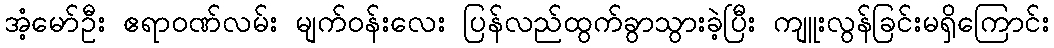
အံ့မော်ဦး ဧရာဝဏ်လမ်း မျက်ဝန်းလေး ပြန်လည်ထွက်ခွာသွားခဲ့ပြီး ကျူးလွန်ခြင်းမရှိကြောင်း